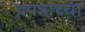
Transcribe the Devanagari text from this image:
प्रपत्राच्या